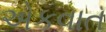
એકવાત